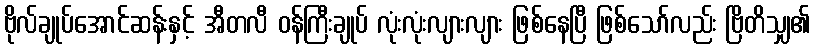
ဗိုလ်ချုပ်အောင်ဆန်းနှင့် အီတလီ ဝန်ကြီးချုပ် လုံးလုံးလျားလျား ဖြစ်နေပြီ ဖြစ်သော်လည်း ဗြိတိသျှ၏